Vaccination returns of the Province of Eastern Bengal and Assam - 1905-1912
Year: 1905
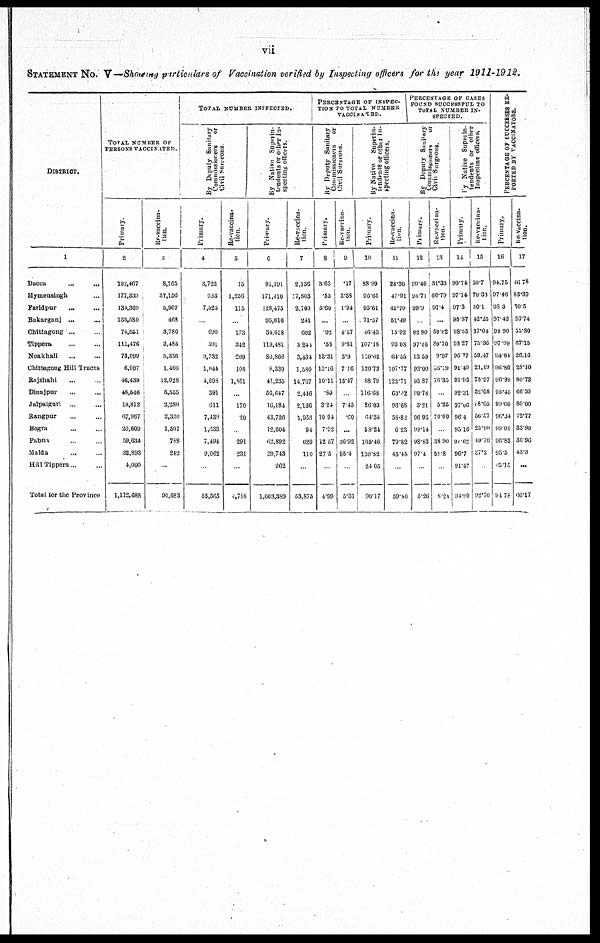
vii
STATEMENT NO. V— Showing particulars of Vaccination verified by Inspecting officers for the year 1911-1912.
DISTRICT.
1
Dacca
...
...
Mymensingh ...
Paridpur ... ...
Bakarganj ... ...
Chittagong ... ...
Tippera ... ...
Noakhali ... ...
Chittagong Hill Tracts
Rajshahi ...
Dinajpur ... ...
Jalpaiguri ... ...
Rangpur ... ...
Bogra ... ...
Pabna ... ...
Malda ... ...
Hill Tippera ... ...
Total for the Province
TOTAL NUMBER O F
PERSONS VACCINATED.
Primary.
2
102,467
177,339
134,369
133,580
74,551
111,476
73,090
6,907
16,439
48,546
18,812
67,967
20,609
59,634
32,893
4,000
1,112,688
Re-vaccina-
tion.
3
8,765
37,156
5,907
463
3,780
3,485
5,336
1,466
12,028
3,555
2,280
3,320
1,507
788
242
...
90,083
TOTAL NUMBER INSPECTED.
By Deputy Sanitary
Commissioners
or
Civil Surgeons
Primary.
4
3,722
983
7,525
...
690
591
9,732
1,044
4,698
391
611
7,430
1,633
7,494
9,062
...
55,565
Re-vaccina-
tion.
5
15
1,256
115
...
173
342
209
105
1,861
...
170
20
...
291
231
...
4,758
By Native Superin-
tendents or other In-
specting officers.
Primary.
6
91,191
171,410
128,475
95,616
34,618
119,481
80,866
8,339
41,235
56,647
16,184
43,726
12,004
62,892
39,743
962
1,003,389
Re-vaccina-
tion.
7
2,136
17,803
2,700
241
602
3,241
3,434
1,580
14,767
2,446
2,136
1,953
94
629
110
...
53,875
PERCENTAGE OF INSPEC-
TION TO TOTAL NUMBER
VACCINATED.
By Deputy Sanitary
Commissioners
or
Civil Surgeons.
Primary.
8
3.63
.53
5.60
...
.92
.53
13.31
15.16
10.11
.80
3.24
10.94
7.92
12.57
27.5
...
4.99
Re-vaccina-
tion.
9
.17
3.33
1.94
...
4.57
9.81
3.9
7.16
15.47
...
7.45
.60
...
36.92
95.4
...
5.31
By Native
Superin-
tendents or other In-
specting officers.
Primary.
10
88.99
96.65
95.61
71.57
46.43
107.18
110.62
120.73
88.79
116.68
86.03
64.34
58.24
105.46
120.82
24.05
90.17
Re-vaccina-
tion.
11
24.36
47.91
45.70
51.49
15.92
93.08
64.35
107.77
122.71
63.02
93.68
58.82
6.23
79.82
45.45
...
59.80
PERCENTAGE OF CASES
FOUND SUCCESSFUL TO
TOTAL NUMBER IN-
SPECTED.
By Deputy Sanitary
Commissioners
or
Civil Surgeons.
Primary.
12
99.49
96.71
99.9
...
92.80
97.46
13.50
98.00
95.87
90.78
3.21
96.93
99.14
98.83
97.4
...
5.26
Re-vaccina-
tion.
13
31.33
66.79
97.4
...
59.02
80.70
9.97
00.19
76.35
...
5.25
70.00
...
38.90
51.8
...
8.21
By Native Superin-
tendents or other
Inspecting officers
Primary.
14
90.74
97.14
97.3
95.87
98.55
98.27
90.77
91.49
91.03
92.31
97.06
96.4
95.16
90.62
96.7
91.47
94.99
Re-vaccina-
tion.
15
50.7
70.33
50.1
42.25
37.04
75.36
59.47
21.19
75.97
52.05
18.65
56.57
25.00
10.70
37.2
...
92.76
PERCENTAGE OF SUCCESSES RE-
PORTED BY VACCINATORS.
Primary.
16
94.75
97.46
98.3
97.42
98.90
97.09
94.64
96.80
96.99
95.45
90.00
96.34
99.05
96.83
95.5
05.15
94.75
Re-vaccina-
tion.
17
46.78
83.39
30.5
26.74
55.80
67.15
26.16
28.10
80.72
66.50
80.00
72.77
33.90
30.96
43.3
...
66.17